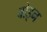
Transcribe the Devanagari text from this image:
बोइन